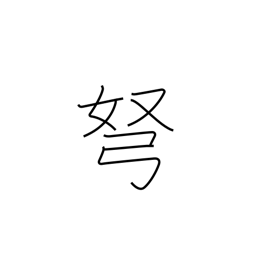
Meaning: bow (arrow)